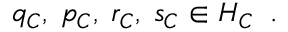
q _ { \cal C } , \; p _ { \cal C } , \; r _ { \cal C } , \; s _ { \cal C } \in { \cal H } _ { \cal C } \; \; .